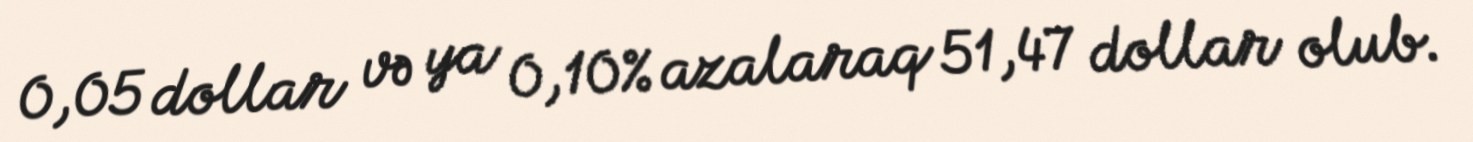
0,05 dollar və ya 0,10% azalaraq 51,47 dollar olub.